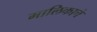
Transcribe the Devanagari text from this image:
मालिकाचे